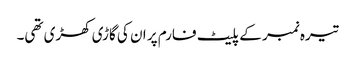
تیرہ نمبر کے پلیٹ فارم پر ان کی گاڑی کھڑی تھی۔